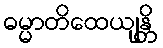
ဓမ္မာတိထေယျန္တိ